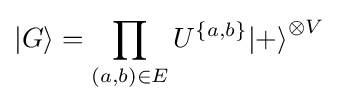
{\left|G\right\rangle }=\prod _{(a,b)\in E}U^{\{a,b\}}{\left|+\right\rangle }^{\otimes V}